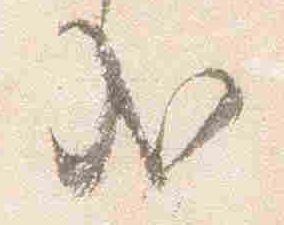
哉